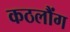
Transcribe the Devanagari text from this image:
कठलौंग